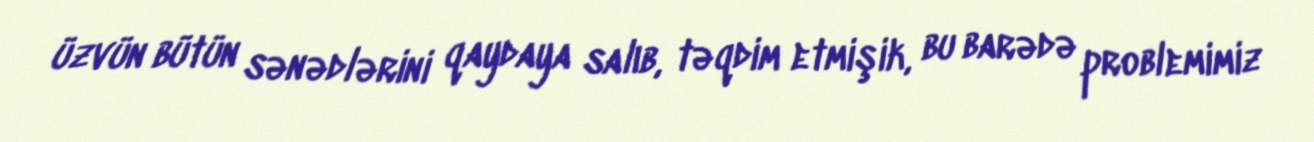
üzvün bütün sənədlərini qaydaya salıb, təqdim etmişik, bu barədə problemimiz